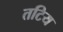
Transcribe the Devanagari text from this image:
तटिय